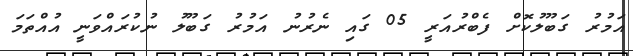
އަމުރު ގަބޫލުކޮށް ފެބްރުއަރީ 05 ގައި ނެރުނު އަމުރު ގަބޫލު ނުކުރައްވަނީ އުއްތަމަ